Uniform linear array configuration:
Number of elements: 12
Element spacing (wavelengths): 0.25
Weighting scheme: uniform
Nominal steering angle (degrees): -45
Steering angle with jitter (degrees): -43.627
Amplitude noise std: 0.05
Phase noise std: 0.05

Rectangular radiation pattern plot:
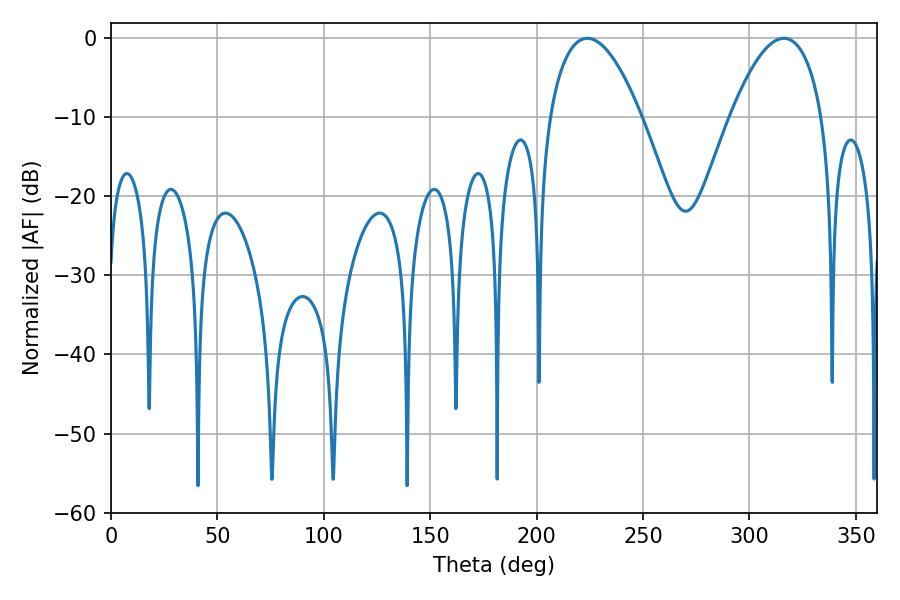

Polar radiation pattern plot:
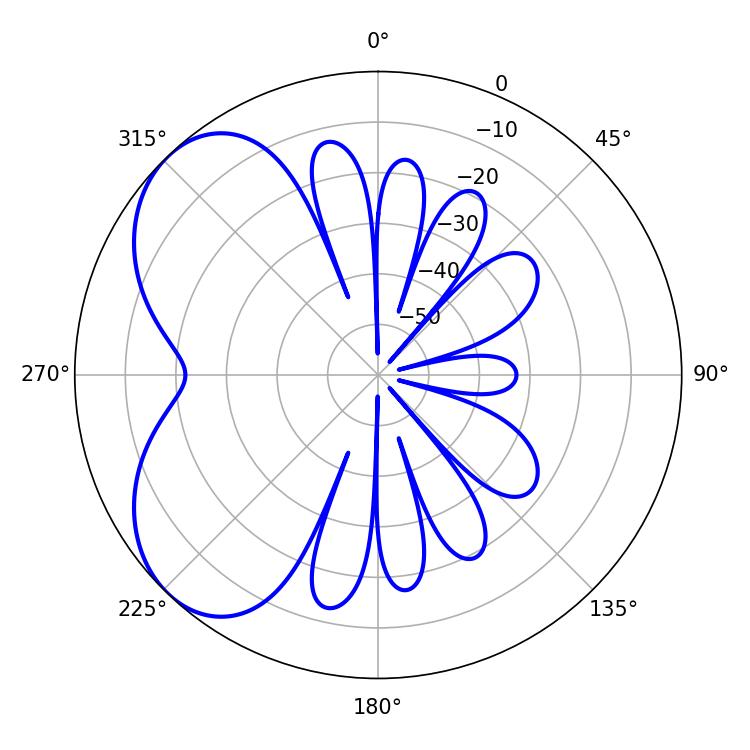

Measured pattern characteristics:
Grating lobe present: FALSE
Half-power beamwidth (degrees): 23.94
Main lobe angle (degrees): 223.74